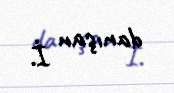
danışan İ.